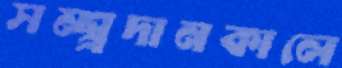
সম্প্র্রদানকালে